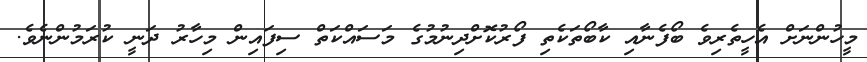
މީހުންނަށް އެހީތެރިވެ ބޯފެނާއި ކާބޯތަކެތި ފޯރުކޮށްދިނުމުގެ މަސައްކަތް ސިފައިން މިހާރު ދަނީ ކުރަމުންނެވެ.